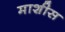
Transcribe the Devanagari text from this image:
माशीस